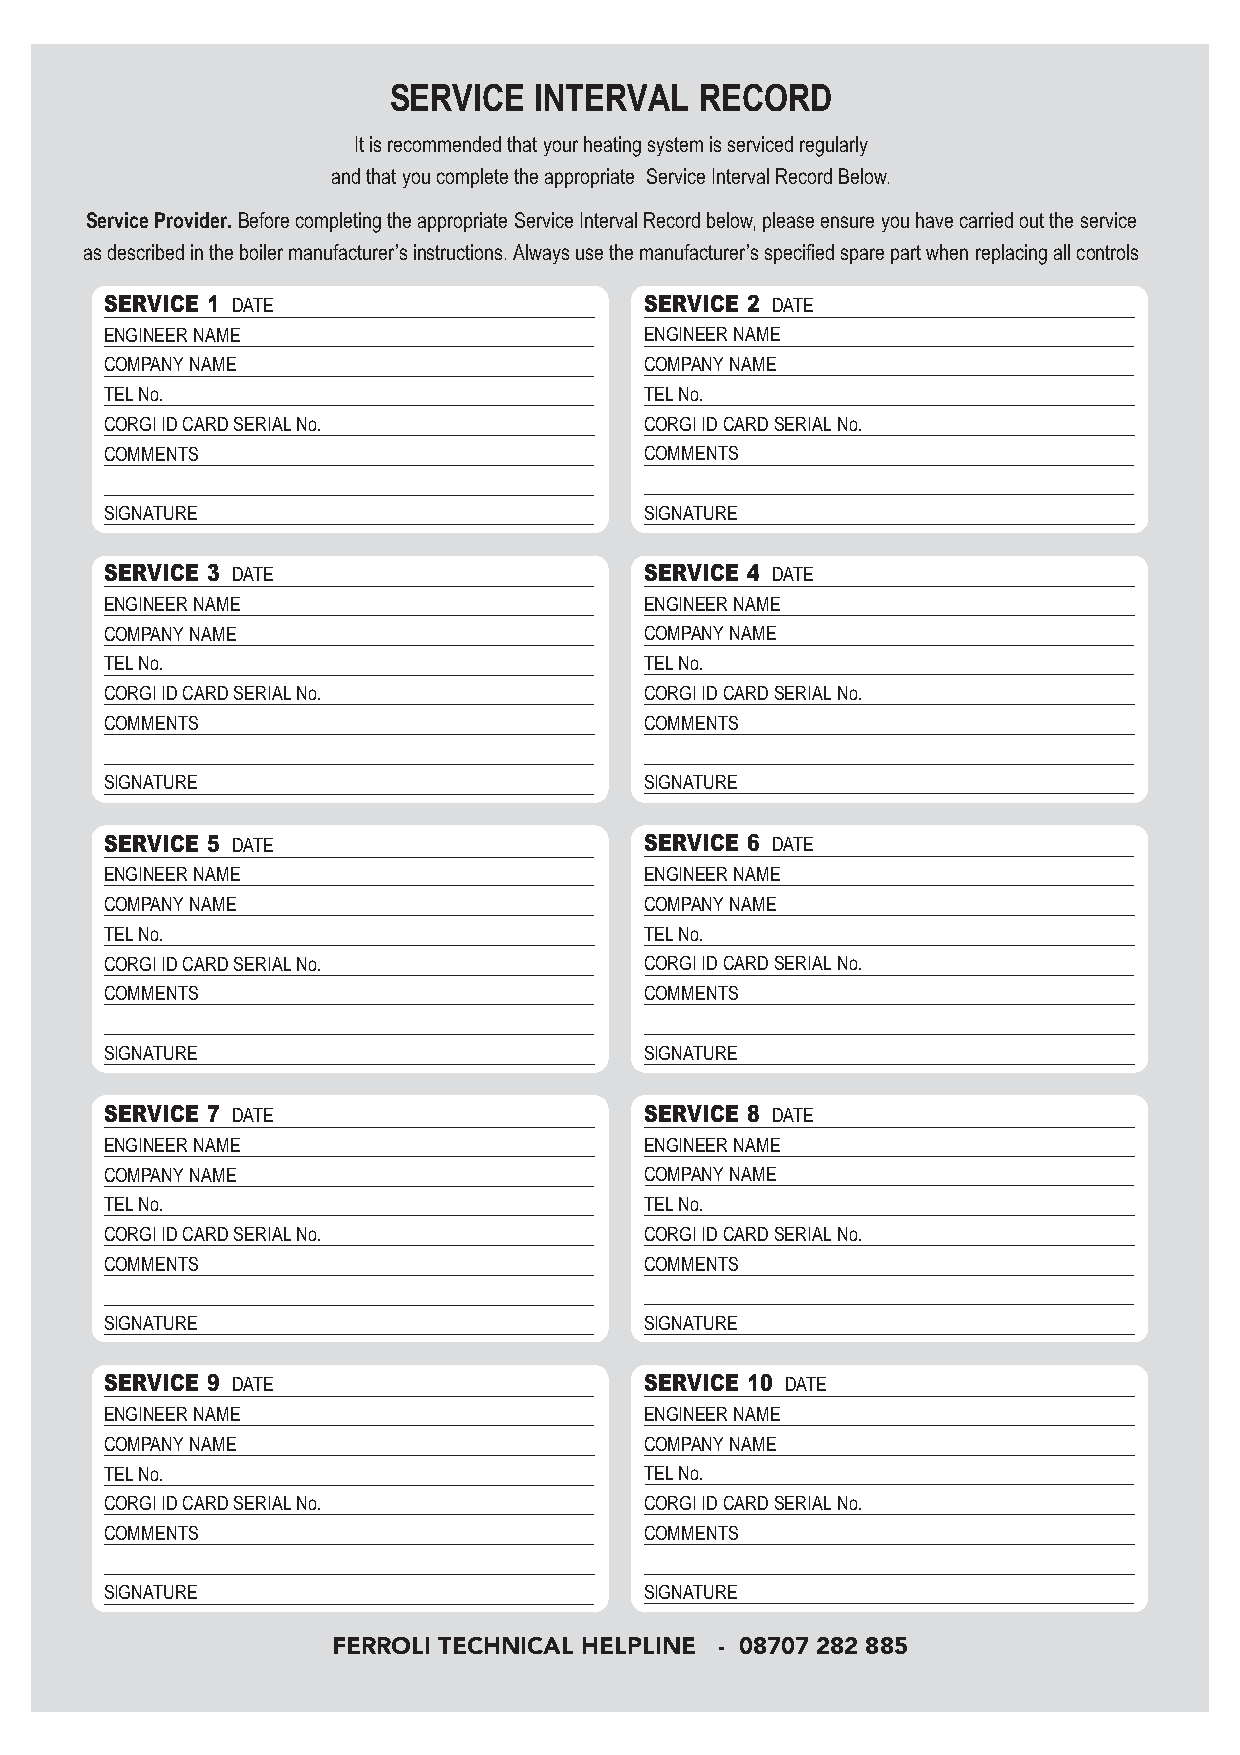
SERVICE  INTERVAL   RECORD
 It is recommended that your heating system is serviced regularly
 and that you complete the appropriate Service Interval Record Below.
 Service Provider.Before completing the appropriate Service Interval Record below, please ensure you have carried out the service
 as described in the boiler manufacturer’s instructions. Always use the manufacturer’s specified spare part when replacing all controls
 SERVICE 1                           SERVICE 2
 DATE                                DATE
 ENGINEER NAME                       ENGINEER NAME
 COMPANYNAME                         COMPANYNAME
 TELNo.                              TELNo.
 CORGI ID CARD SERIALNo.             CORGI ID CARD SERIALNo.
 COMMENTS                            COMMENTS
 SIGNATURE                           SIGNATURE
 SERVICE 3                           SERVICE 4
 DATE                                DATE
 ENGINEER NAME                       ENGINEER NAME
 COMPANYNAME                         COMPANYNAME
 TELNo.                              TELNo.
 CORGI ID CARD SERIALNo.             CORGI ID CARD SERIALNo.
 COMMENTS                            COMMENTS
 SIGNATURE                           SIGNATURE
 SERVICE 5                           SERVICE 6
 DATE                                DATE
 ENGINEER NAME                       ENGINEER NAME
 COMPANYNAME                         COMPANYNAME
 TELNo.                              TELNo.
 CORGI ID CARD SERIALNo.             CORGI ID CARD SERIALNo.
 COMMENTS                            COMMENTS
 SIGNATURE                           SIGNATURE
 SERVICE 7                           SERVICE 8
 DATE                                DATE
 ENGINEER NAME                       ENGINEER NAME
 COMPANYNAME                         COMPANYNAME
 TELNo.                              TELNo.
 CORGI ID CARD SERIALNo.             CORGI ID CARD SERIALNo.
 COMMENTS                            COMMENTS
 SIGNATURE                           SIGNATURE
 SERVICE 9                           SERVICE 10
 DATE                                 DATE
 ENGINEER NAME                       ENGINEER NAME
 COMPANYNAME                         COMPANYNAME
 TELNo.                              TELNo.
 CORGI ID CARD SERIALNo.             CORGI ID CARD SERIALNo.
 COMMENTS                            COMMENTS
 SIGNATURE                           SIGNATURE
 FERROLI TECHNICAL HELPLINE - 08707 282 885